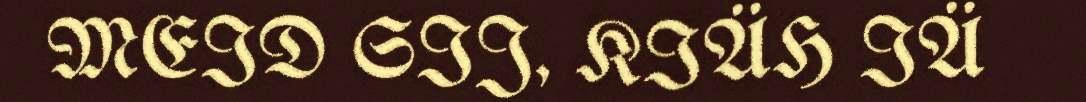
MEID SIJ, KIÄH IÄ